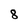
Character: 8